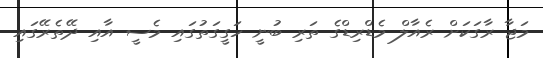
މަޖާ ރާގަކަށް ރެއާލް މެޑްރިޑްގެ ތަރި ބުނީ ހަގީގަތުގައި މެސީ އާއި ދޭތެރޭގައި